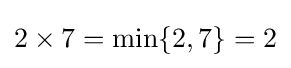
2\times 7=\min\{2,7\}=2